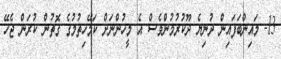
13- މައިންބަފައިން ދުނިޔެ ދޫކުރުމުންވެސް އެ މީހުންނަށް ކަމޭހިތުމުގެ ގޮތުން ކުރަން ޖެހޭ